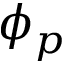
\phi _ { p }